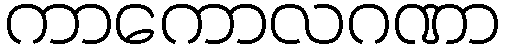
ကာကောလဂဏာ